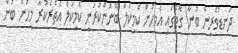
ދަނޑުވެރިން ބުނާ ގޮތުގައި އެމީހުން ކެމިކަލް ބޭނުންކުރަނީ ކެމިކަލް އެތެރެކުރާ މީހުން ބުނާ